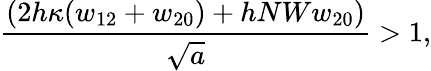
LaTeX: \frac{\left(2h\kappa(w_{12}+w_{20})+hNWw_{20}\right)}{\sqrt{a}}>1,